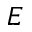
E